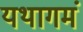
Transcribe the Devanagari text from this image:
यथागमं